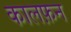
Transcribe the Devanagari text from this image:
कालफ़न